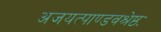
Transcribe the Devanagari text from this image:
अजयत्पाण्डवश्रेष्ठः